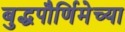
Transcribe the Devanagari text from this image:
बुद्धपौर्णिमेच्या